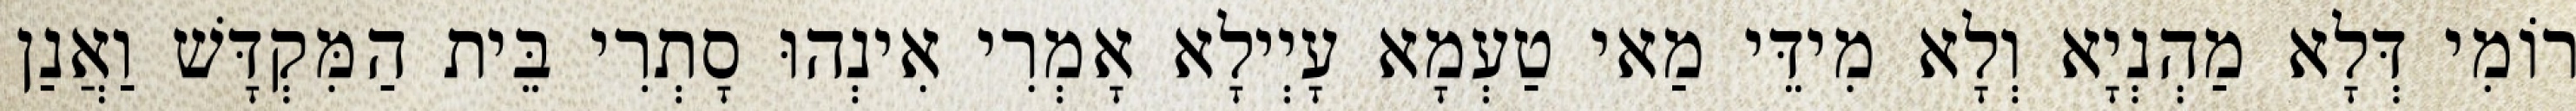
רוֹמִי דְּלָא מַהְנְיָא וְלָא מִידֵּי מַאי טַעְמָא עָיְילָא אָמְרִי אִינְהוּ סָתְרִי בֵּית הַמִּקְדָּשׁ וַאֲנַן